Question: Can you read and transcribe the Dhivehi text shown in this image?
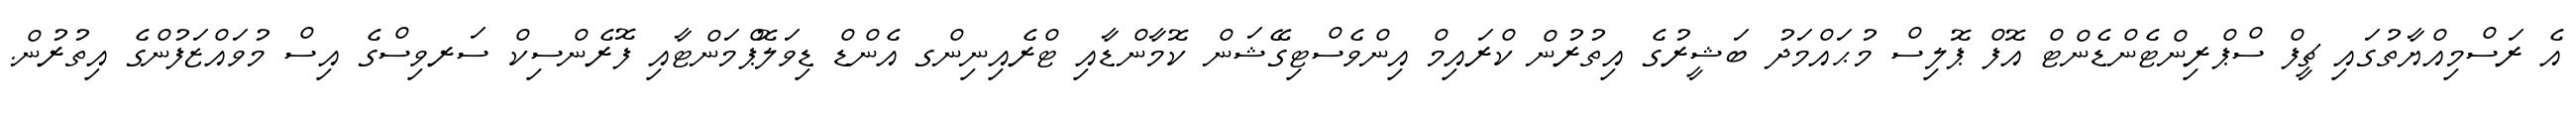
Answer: އެ ރަސްމިއްޔާތުގައި ޗީފް ސްޕްރިންޓެންޑެންޓް އޮފް ޕޮލިސް މުޙައްމަދު ބަޝީރުގެ އިތުރުން ކްރައިމް އިންވެސްޓިގޭޝަން ކޮމާންޑާއި ޓްރެއިނިންގ އެންޑް ޑިވަލޮޕްމަންޓާއި ފޮރެންސިކް ސަރވިސްގެ އިސް މުވައްޒަފުންގެ އިތުރުން.